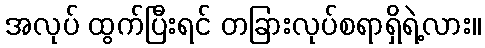
အလုပ် ထွက်ပြီးရင် တခြားလုပ်စရာရှိရဲ့လား။